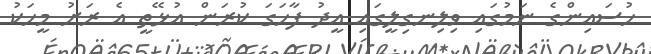
ހުސައިންގެ ނަމުގައި ވިލިނގިލީގައި އީދު ފާހަގަ ކުރަން އުޅޭތީ އެ ރަށު މީހަކު